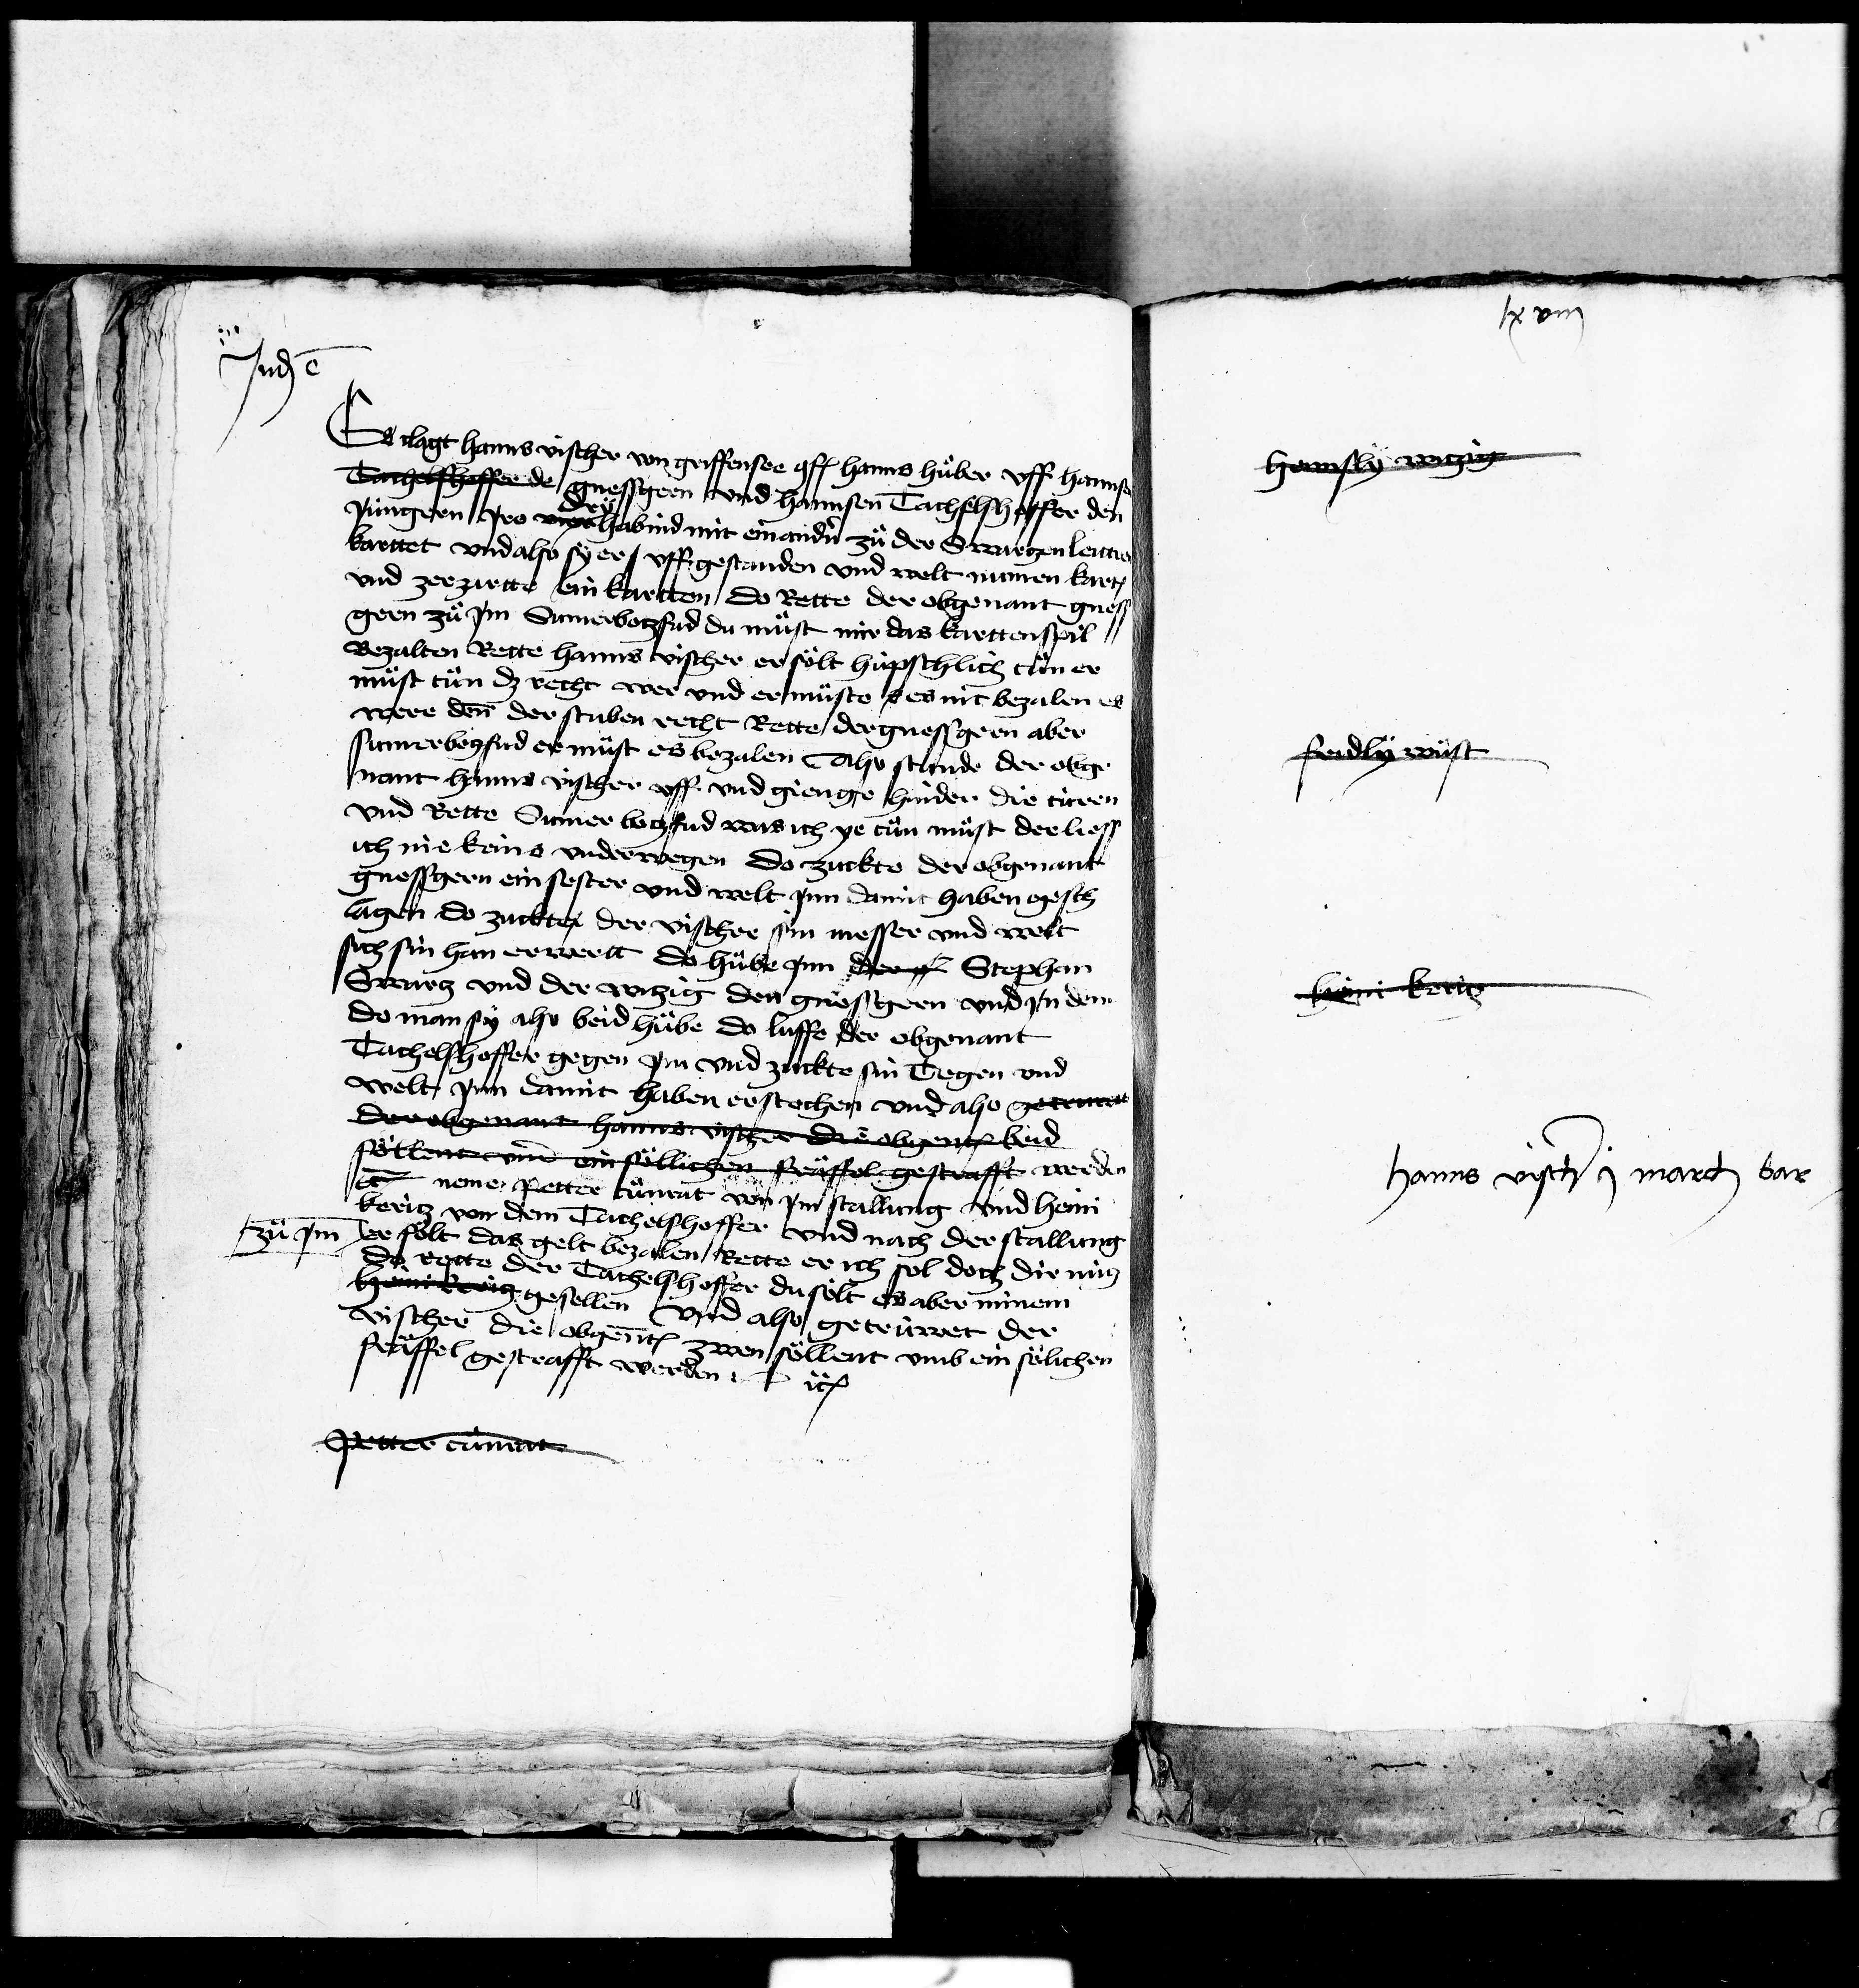
Transcription:
Judicatum est
Es clagt hanns vischer von griffensee conf. hanns huober uff hannsen
Tachelshoffer de gnessgern und hannsen Tachelshoffer den
jüngern jro vier habind mit einandern zue der Swartzen Leittren
karttet und also sy er uff gestanden und welt numen kartten
und zerzartte ein kartten do rette der obgenant gness
gern zuo jm sumerbotzfud du muest mir das karttenspil
bezalten Rette hanns vischer er soelt hübschlich tuen er
muest tuen dz recht wer und er mueste * es nit bezalen es
were denn der stuben recht Rette der gnessgern aber
sumerbotzfud er muest es bezalen Also stunde der obge
nant hanns vischer uff gienge hinder die türen
und rette Sumer botzfud was ich ye tuen muest der liess
ich nie keins underwegen do zuckte der obgenant
gnessgern ein sester und welt jnn damit haben gesch
lagen do zuckte der vischer sin messer und welt
sich sin han erwertt do huebe jnn der ** Stephan
Swartz und der witzig den gnessgern und jn dem
do man sy also beid huebe do luffe der obgenant
Tachelshoffer gegen jm und zuckte sin Tegen und
welt jnn damit haben erstochen und also getruwet
der obgenant hans vischer die obgenant beid
söllent umb ein soellichen fraeffel gestrafft werden
etc. neme Petter cuenrat von jm stallung und heini
keritz von dem Tachelshoffer und nach der stallung
zue jm er soelt das gelt bezalen Rette er ich sol doch dir nütz
do rette der Tachelshoffer du sölt es aber minem
heini keritz gesellen Und also getrüwet der
vischer die obgenanten zwen soellent umb ein sölichen
fräffel gestrafft werden etc.
Petter cuenrat

lxviij
hennsly witzig
fridly wuest
heini keritz
hanns vischer j march bar